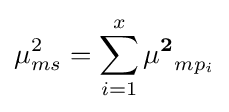
\mu _{ms}^{2}=\sum _{i=1}^{x}\mathbf {\mu ^{2}} _{mp_{i}}